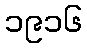
၁၉၁၆